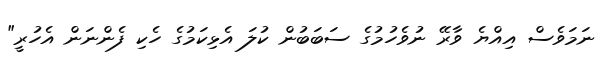
ނަމަވެސް އިއްޔެ ވާރޭ ނުވެހުމުގެ ސަބަބުން ކުލަ އެޅިކަމުގެ ހެކި ފެންނަން އެހުރީ"